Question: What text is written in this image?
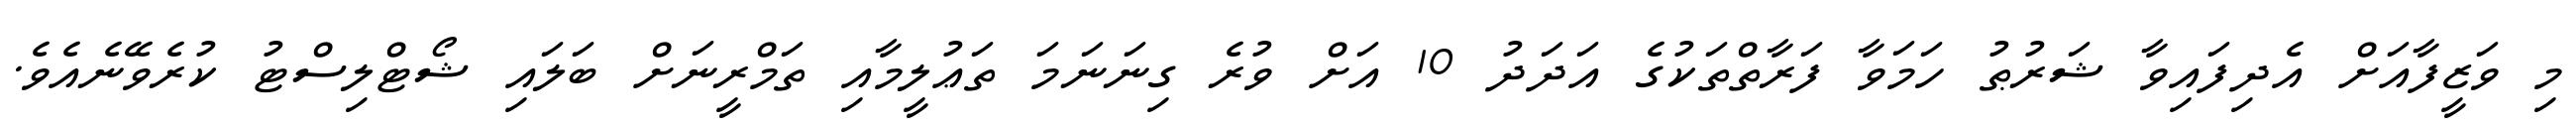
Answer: މި ވަޒީފާއަށް އެދިފައިވާ ޝަރުޠު ހަމަވާ ފަރާތްތަކުގެ އަދަދު 10 އަށް ވުރެ ގިނަނަމަ ތަޢުލީމާއި ތަމްރީނަށް ބަލައި ޝޯޓްލިސްޓު ކުރެވޭނެއެވެ.